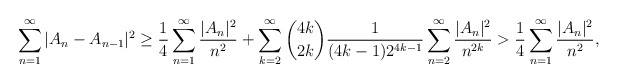
\begin{align*}{}\displaystyle\sum_{n=1}^{\infty}| A_n-A_{n-1}|^{2}&\geq\frac{1}{4}\displaystyle\sum_{n=1}^{\infty} \frac{| A_n|^{2}}{n^{2}}+\displaystyle\sum_{k=2}^{\infty}\binom{4k}{2k}\frac{1}{(4k-1)2^{4k-1}}\displaystyle\sum_{n=2}^{\infty}\frac{|A_n|^{2}}{n^{2k}}>\frac{1}{4}\displaystyle\sum_{n=1}^{\infty} \frac{|A_n|^{2}}{n^{2}},\end{align*}